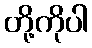
တို့ကိုပါ